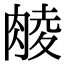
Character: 𮌜